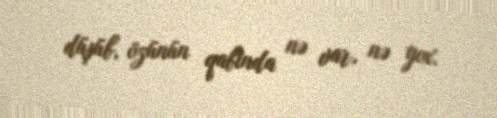
düşüb, özünün qabında nə var, nə yox.